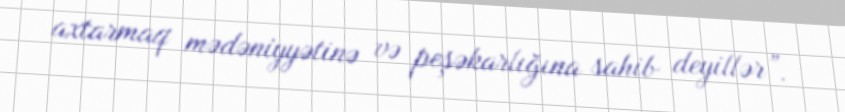
axtarmaq mədəniyyətinə və peşəkarlığına sahib deyillər”.